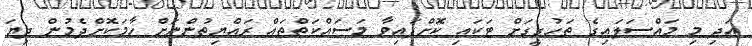
އަދި މި މައްސަލައިގެ ތަހުގީގަށް ޓަކައި ކޮށްފައިވާ މަސައްކަތްތައް ރައްޔިތުންނަށް ހާމަކޮށްދެމުން ދިޔަ